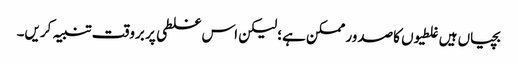
بچیاں ہیں غلطیوں کاصدور ممکن ہے؛ لیکن اس غلطی پر بروقت تنبیہ کریں۔